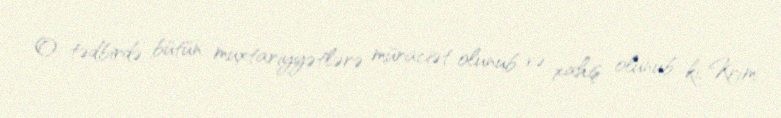
O tədbirdə bütün muxtariyyətlərə müraciət olunub və xahiş olunub ki, Krım